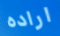
اراده